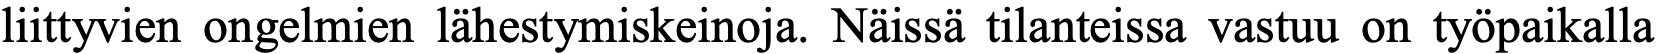
liittyvien ongelmien lähestymiskeinoja. Näissä tilanteissa vastuu on työpaikalla